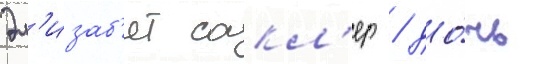
Эл'изаб'ет сакл'ер / до́чь